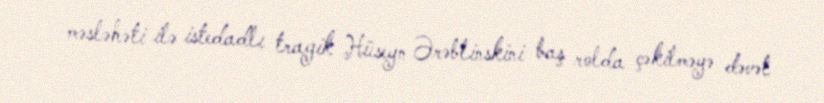
məsləhəti ilə istedadlı tragik Hüseyn Ərəblinskini baş rolda çəkilməyə dəvət